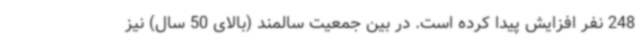
248 نفر افزایش پیدا کرده است. در بین جمعیت سالمند (بالای 50 سال) نیز